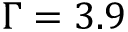
\Gamma = 3 . 9